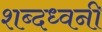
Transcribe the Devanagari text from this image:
शब्दध्वनी